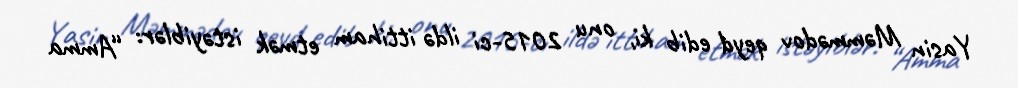
Yasin Məmmədov qeyd edib ki, onu 2015-ci ildə ittiham etmək istəyiblər: “Amma